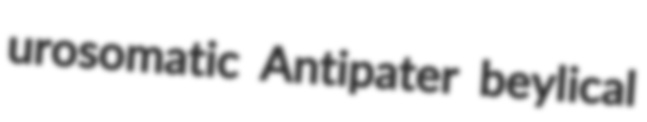
urosomatic Antipater beylical